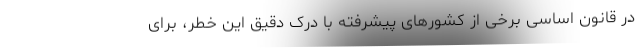
در قانون اساسی برخی از کشورهای پیشرفته با درک دقیق این خطر‌، برای